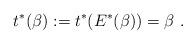
LaTeX: \begin{align*}t^*(\beta):=t^*(E^*(\beta))=\beta\ . \end{align*}